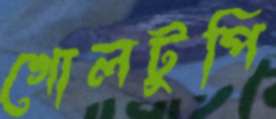
গোলটুপি